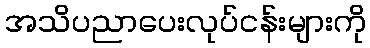
အသိပညာပေးလုပ်ငန်းများကို